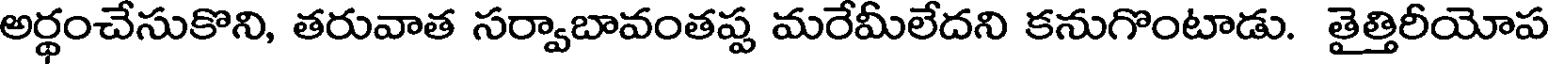
అర్థంచేసుకొని, తరువాత సర్వాబావంతప్ప మరేమీలేదని కనుగొంటాడు. తైత్తిరీయోప